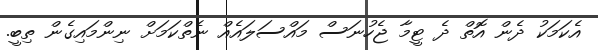
އެކަމަކު ދެން އޮތް ދެ ޓީމާ ޖެހުނަސް މައްސަލައެއް ނެތްކަމަށް ނިންމައިގެން ތިބީ.